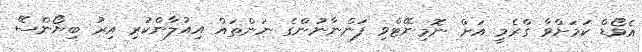
އެވޯޑް ކަމަށްވާ ގްރެމީ އަށް ނޮމިނޭޓްވި ފަންނާނުންގެ ނަންތައް އިއުލާންކުރި އިރު ބިޔޯންސޭ